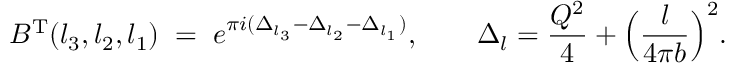
B ^ { \mathrm { T } } ( l _ { 3 } , l _ { 2 } , l _ { 1 } ) \; = \; e ^ { \pi i ( \Delta _ { l _ { 3 } } - \Delta _ { l _ { 2 } } - \Delta _ { l _ { 1 } } ) } , \qquad \Delta _ { l } = \frac { Q ^ { 2 } } { 4 } + \Bigl ( \frac { l } { 4 \pi b } \Bigr ) ^ { 2 } .